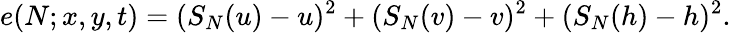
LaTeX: e(N;x,y,t)=(S_{N}(u)-u)^{2}+(S_{N}(v)-v)^{2}+(S_{N}(h)-h)^{2}.